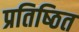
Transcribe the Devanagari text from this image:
प्रतिष्‍ठित